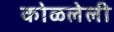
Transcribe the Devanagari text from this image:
कोळलेली